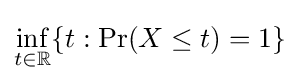
\inf _{t\in \mathbb {R} }\{t:\Pr(X\leq t)=1\}